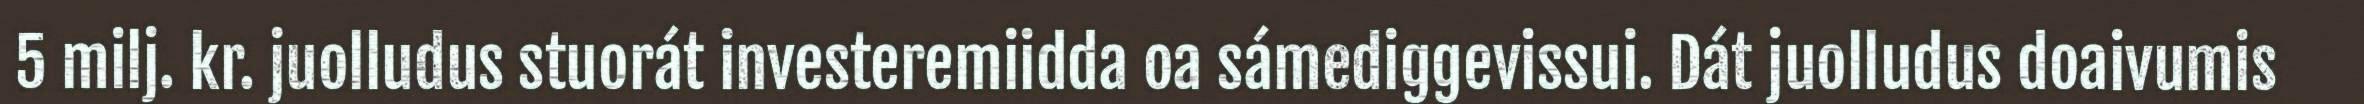
5 milj. kr. juolludus stuorát investeremiidda oa sámediggevissui. Dát juolludus doaivumis